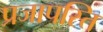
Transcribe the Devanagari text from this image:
प्रजापस्ति